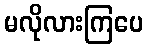
မလိုလားကြပေ